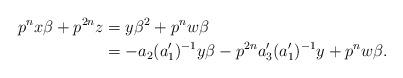
LaTeX: \begin{align*}p^{n}{x}\beta+p^{2n}z&=y\beta^2+p^{n}{w}\beta\\&=-a_2(a'_1)^{-1}y\beta-p^{2n}a'_3(a'_1)^{-1}y+p^{n}{w}\beta.\end{align*}